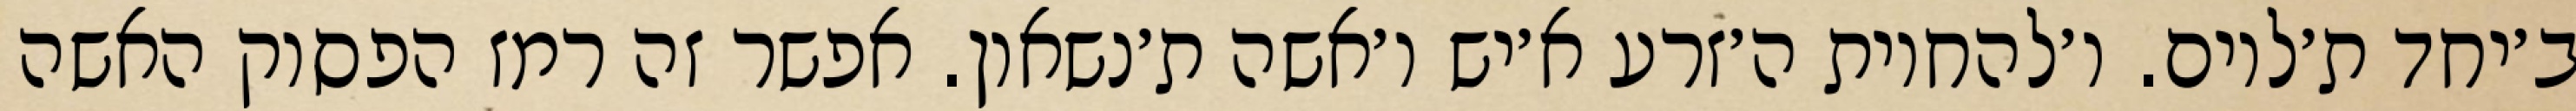
ב׳יחד ת׳לוים. ו׳להחיות ה׳זרע א׳יש ו׳אשה ת׳נשאון. אפשר זה רמז הפסוק האשה